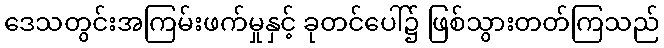
ဒေသတွင်းအကြမ်းဖက်မှုနှင့် ခုတင်ပေါ်၌ ဖြစ်သွားတတ်ကြသည်